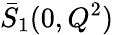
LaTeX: \bar{S}_{1}(0,Q^{2})